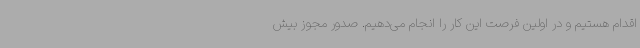
اقدام هستیم و در اولین فرصت این کار را انجام می‌دهیم. صدور مجوز بیش